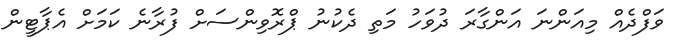
ވަފްދެއް މިއަންނަ އަންގާރަ ދުވަހު މަތި ދެކުނު ޕްރޮވިންސަށް ފުރާނެ ކަމަށް އެޕާޓީން